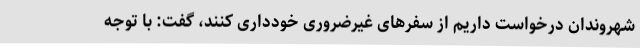
شهروندان درخواست داریم از سفرهای غیرضروری خودداری کنند، گفت: با توجه